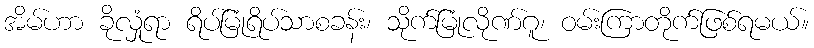
အိမ်ဟာ ခိုလှုံရာ ရိပ်မြုံရိပ်သာစခန်း၊ သိုက်မြုံလိုဏ်ဂူ၊ ဝမ်းကြာတိုက်ဖြစ်ရမယ်။